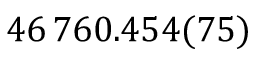
4 6 \, 7 6 0 . 4 5 4 ( 7 5 )